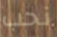
نحب